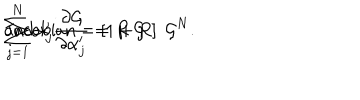
LaTeX: \sum _ { j = 1 } ^ { N } \alpha _ { j } ^ { \prime } \frac { \partial { \cal { G } } } { \partial \alpha _ { j } ^ { \prime } } = R \; { \cal { G } } \hspace { 1 0 m m } \mathrm { a n d } \hspace { 1 0 m m } \mathrm { J a c o b i a n } = \left[ 1 + R \right] \; { \cal { G } } ^ { N } .